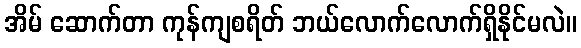
အိမ် ဆောက်တာ ကုန်ကျစရိတ် ဘယ်လောက်လောက်ရှိနိုင်မလဲ။